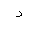
Letter: _dal